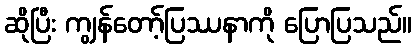
ဆိုပြီး ကျွန်တော့်ပြဿနာကို ပြောပြသည်။